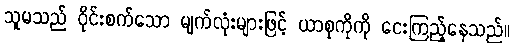
သူမသည် ဝိုင်းစက်သော မျက်လုံးများဖြင့် ယာစုကိုကို ငေးကြည့်နေသည်။